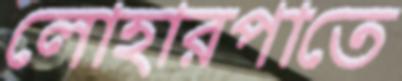
লোহারপাতে